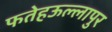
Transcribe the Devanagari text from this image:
फतेहऊल्लापुर